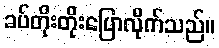
ခပ်တိုးတိုးပြောလိုက်သည်။